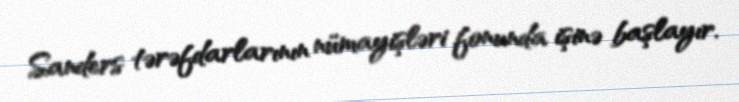
Sanders tərəfdarlarının nümayişləri fonunda işinə başlayır.